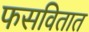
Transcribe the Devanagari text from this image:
फसवितात